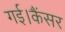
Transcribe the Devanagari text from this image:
गई।कैंसर